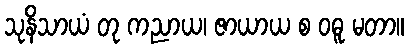
သုနိသာယံ တု ကညာယ၊ ဇာယာယ စ ဝဓူ မတာ။